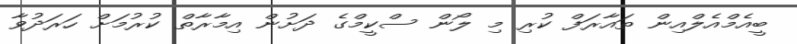
ބީއެމްއެލްއިން ތައާރަފް ކުރި މި ލޯން ސްކީމްގެ ދަށުން އިމާރާތް ކުރުމަށް ހަރަދުވާ